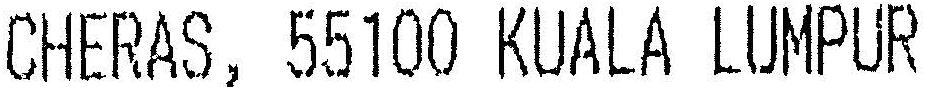
CHERAS, 55100 KUALA LUMPUR